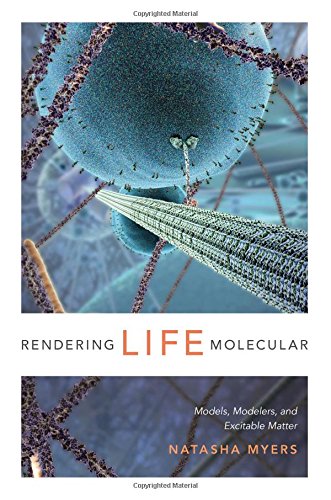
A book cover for Rendering Life Molecular: Models, Modelers, and Excitable Matter (Experimental Futures); Natasha Myers; Science & Math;